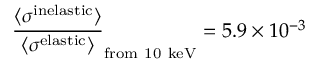
\frac { \langle \sigma ^ { \mathrm { i n e l a s t i c } } \rangle } { \langle \sigma ^ { \mathrm { e l a s t i c } } \rangle } _ { \mathrm { f r o m ~ 1 0 ~ k e V } } = 5 . 9 \times 1 0 ^ { - 3 }